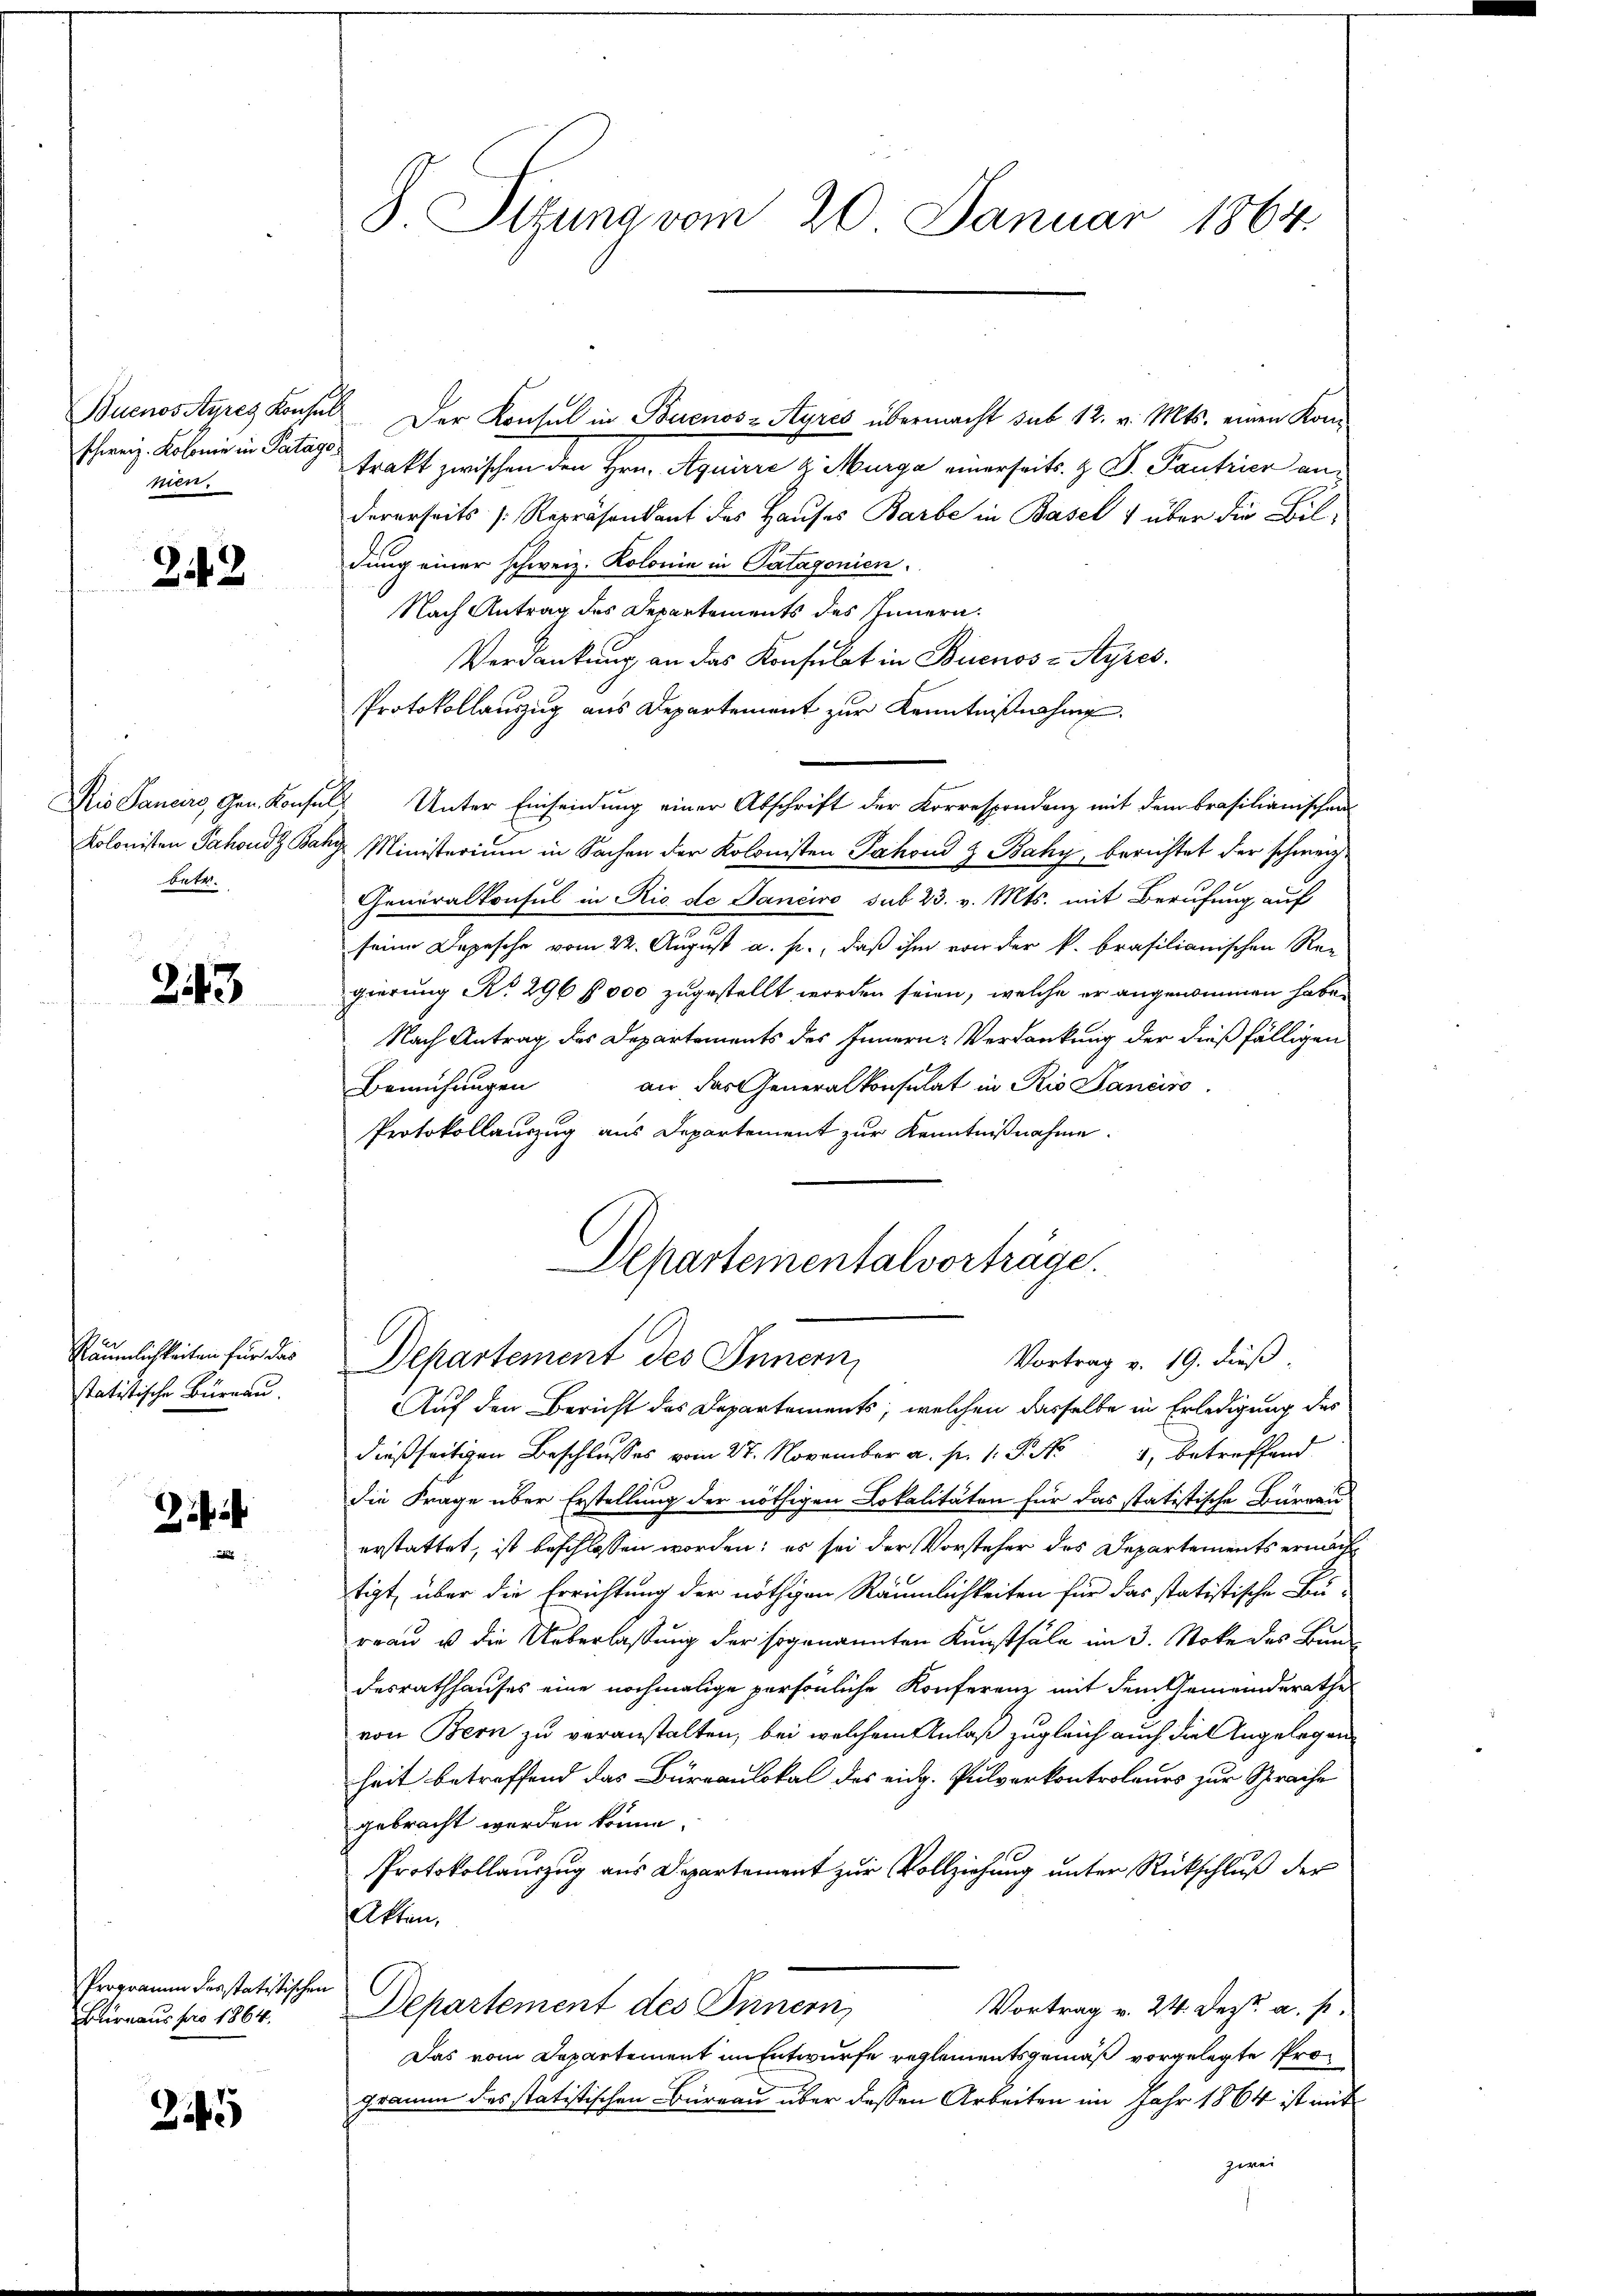
schweiz. Kolonie in Patage
nen.

243

betr.

243

Räumlichkeiten für das
statistische Büreau.

i
d

Programm vorstatistischen
Burnaus pro 1864.

245

Sizung vom 20. Januar 1864.

trakt zwischen den Hrn. Aquirre & Marga einerseits. z. B. Pantrier an
dererseits Repräsendant des Hauses Barbe in Basel 1 über die Bildung einer schweiz. Kolonie in Patagonien.
Nach Antrag des Departements des Innern.
Verdankung an das Konsulat in Buenos-Ayres.
Protokollauszug aus Departement zur Kenntnißnahme
Dis Pancirs, Gen. Konsuls Unter Einsendung einer Abschrift der Korrespondenz mit dem Brasilianischen
Kolonisten Jahoudz Baky Ministerium in Sachen der Kolonisten Pachoud & Baky, berichtet der schweiz.
Generalkonsul in Rio de Janeiro sub 23. v. Mts. mit Berufung auf
seine Depesche vom 22. August a. p., daß ihm von der k. brasilianischen Re-
gierung No 296 f 000 zugestellt worden seien, welche er angenommen habe.
Nach Antrag des Departements des Innern Verdankung der dießfälligen
an das Generalkonsulat in Rio Janeiro
Bemühungen
Protokollauszug aus Departement zur Kenntnißnahme.
Departementalvorträge.
Departement des Innern,
Vortrag v. 19. dieß
Auf den Bericht des Departements, welchen dasselbe in Erledigung des
dießseitigen Beschlusses vom 27. November a. p. 1. P. Nr. 4, betreffend
die Frage über Erstellung der nöthigen Lokalitäten für das statistische Bureau
erstattet, ist beschlossen worden; es sei der Vorsteher des Departements ermächtigt, über die Errichtung der nöthigen Räumlichkeiten für das statistische Büreau u. die Ueberlassung der sogenannten Kunstfäle im 3. Stoke des Bun
desrathhauses eine nochmalige persönliche Konferenz mit dem Gemeinderathe
von Bern zu veranstalten, bei welchem Anlaß zugleich auch die Angelegen
heit betreffend das Büreaulokal des eidg. Pulverkontroleurs zur Sprache
gebracht worden könne.
Protokollauszug aus Departement zur Vollziehung unter Rückschluß der
Akten,
Departement des Sinnern
Vortrag v. 24. Dez. a. p.
Das vom Departement im Entwurfe reglementsgemäß vorgelegte Programm des statistischen Büreau über dessen Arbeiten im Jahr 1864 ist mit
zwei

Buenos Ayres Konsul der Konsul in Buenos-Ayres übermacht sub 12. v. Mts. einen Kon-